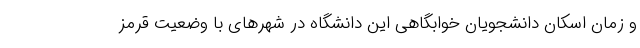
و زمان اسکان دانشجویان خوابگاهی این دانشگاه در شهرهای با وضعیت قرمز